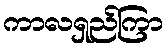
ကာလရှည်ကြာ